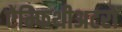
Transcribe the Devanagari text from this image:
ऐम्फिथीअटरों